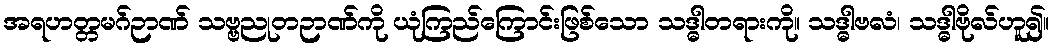
အရဟတ္တမဂ်ဉာဏ် သဗ္ဗညုတဉာဏ်ကို ယုံကြည်ကြောင်းဖြစ်သော သဒ္ဓါတရားကို။ သဒ္ဓါဗလံ၊ သဒ္ဓါဗိုလ်ဟူ၍။